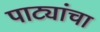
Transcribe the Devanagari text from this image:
पाट्यांचा